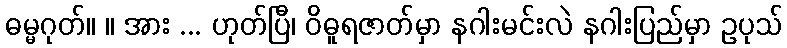
ဓမ္မဂုတ်။ ။ အား ... ဟုတ်ပြီ၊ ဝိဓူရဇာတ်မှာ နဂါးမင်းလဲ နဂါးပြည်မှာ ဥပုသ်